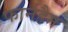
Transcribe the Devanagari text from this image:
फार्नहैम